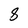
Character: 8